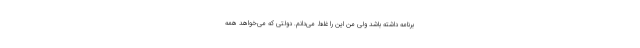
برنامه داشته باشد ولی من این را غلط می‌دانم. دولتی که می‌خواهد همه